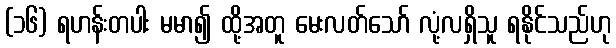
(၁၆) ရဟန်းတပါး မမာ၍ ထို့အတူ မေးလတ်သော် လုံ့လရှိသူ ရနိုင်သည်ဟု